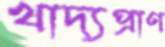
খাদ্যপ্রাণ